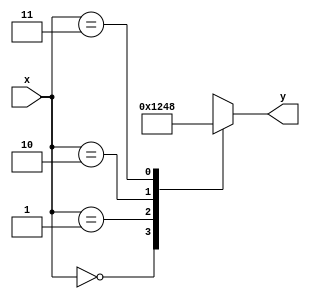
`timescale 1ns / 1ps

module Decoder(x,y);
    input [1:0] x;
    output reg [3:0] y;
    
    initial 
    y=4'b0000;
    
    always @(x)
    case(x)
    2'b00 : y=4'b0001;
    2'b01 : y=4'b0010;
    2'b10 : y=4'b0100;
    2'b11 : y=4'b1000;
    endcase 
endmodule